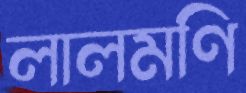
লালমণি